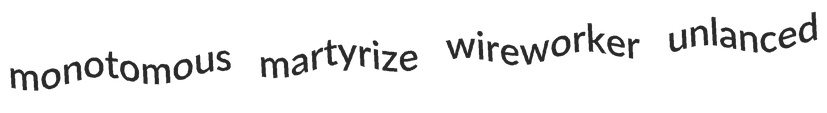
monotomous martyrize wireworker unlanced